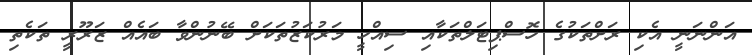
އަންނަނީ އެކި ރަށްތަކުގެ ހޮސްޕިޓަލްތަކާއި ސިއްހީ މަރުކަޒުތަކަށް ބޭނުންވާ ބައެއް ޒަރޫރީ ތަކެތި